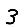
Digit: 3